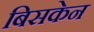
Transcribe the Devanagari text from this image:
बिसकेन